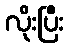
လိုးပြီး